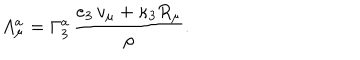
LaTeX: A _ { \mu } ^ { a } = \Gamma _ { 3 } ^ { a } \, { \frac { e _ { 3 } \, v _ { \mu } + \kappa _ { 3 } R _ { \mu } } { \rho } } .